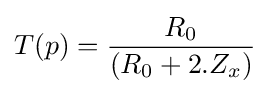
T(p)={\frac {R_{0}}{(R_{0}+2.Z_{x})}}